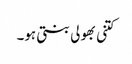
کتنی بھولی بنتی ہو۔